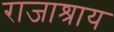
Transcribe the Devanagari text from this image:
राजाश्राय